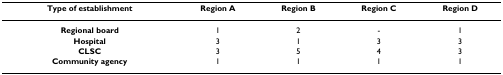
<table><thead><tr><td><b>Type of establishment</b></td><td><b>Region A</b></td><td><b>Region B</b></td><td><b>Region C</b></td><td><b>Region D</b></td></tr></thead><tbody><tr><td><b>Regional board</b></td><td>1</td><td>2</td><td>-</td><td>1</td></tr><tr><td><b>Hospital</b></td><td>3</td><td>1</td><td>3</td><td>3</td></tr><tr><td><b>CLSC</b></td><td>3</td><td>5</td><td>4</td><td>3</td></tr><tr><td><b>Community agency</b></td><td>1</td><td>1</td><td>1</td><td>1</td></tr></tbody></table>